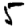
Digit: 5